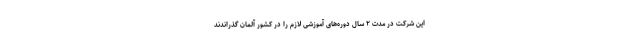
این شرکت در مدت ۲ سال دوره‌های آموزشی لازم را در کشور آلمان گذراندند